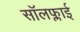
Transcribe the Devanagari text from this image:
सॉलफ्लाई